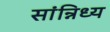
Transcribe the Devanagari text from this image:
सांन्निध्य